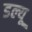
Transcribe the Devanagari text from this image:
डल्यू